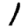
Digit: 1